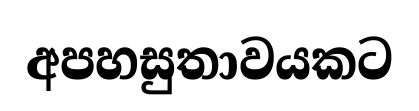
අපහසුතාවයකට